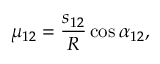
\mu _ { 1 2 } = \frac { s _ { 1 2 } } R \cos \alpha _ { 1 2 } ,